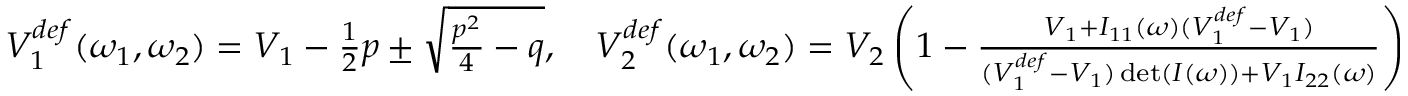
\begin{array} { r } { V _ { 1 } ^ { d e f } ( \omega _ { 1 } , \omega _ { 2 } ) = V _ { 1 } - \frac { 1 } { 2 } p \pm \sqrt { \frac { p ^ { 2 } } { 4 } - q } , \quad V _ { 2 } ^ { d e f } ( \omega _ { 1 } , \omega _ { 2 } ) = V _ { 2 } \left( 1 - \frac { V _ { 1 } + I _ { 1 1 } ( \omega ) ( V _ { 1 } ^ { d e f } - V _ { 1 } ) } { ( V _ { 1 } ^ { d e f } - V _ { 1 } ) \operatorname* { d e t } ( I ( \omega ) ) + V _ { 1 } I _ { 2 2 } ( \omega ) } \right) } \end{array}